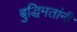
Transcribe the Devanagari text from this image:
बुद्धिमतांनी